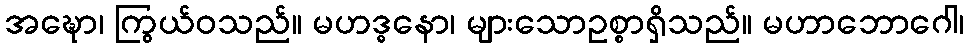
အဍ္ဎော၊ ကြွယ်ဝသည်။ မဟဒ္ဓနော၊ များသောဥစ္စာရှိသည်။ မဟာဘောဂေါ၊